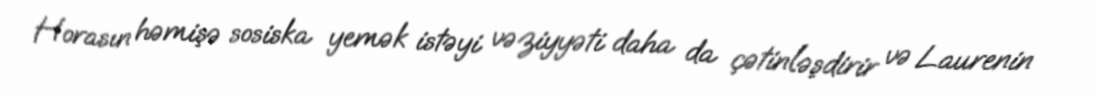
Horasın həmişə sosiska yemək istəyi vəziyyəti daha da çətinləşdirir və Laurenin